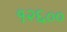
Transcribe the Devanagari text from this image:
१२६००